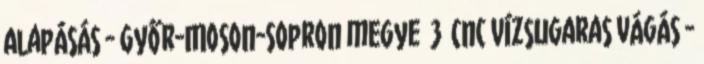
Alapásás - Győr-Moson-Sopron megye 3 Cnc vízsugaras vágás -